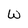
Character: W